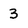
Character: 3